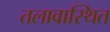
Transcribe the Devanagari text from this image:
तलावास्थित